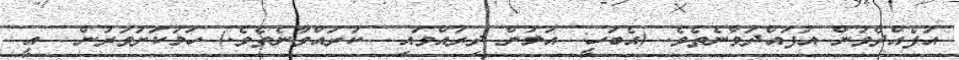
އުފެއްދެވުން އުފައްދަވާނެތެވެ. (އެބަހީ: އަލުން ދިރުއްވައި  ކުރައްވާނެތެވެ.) ހަމަކަށަވަރުން  އީ